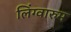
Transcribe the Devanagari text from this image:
लिंग्वारुम